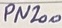
Text: PN200